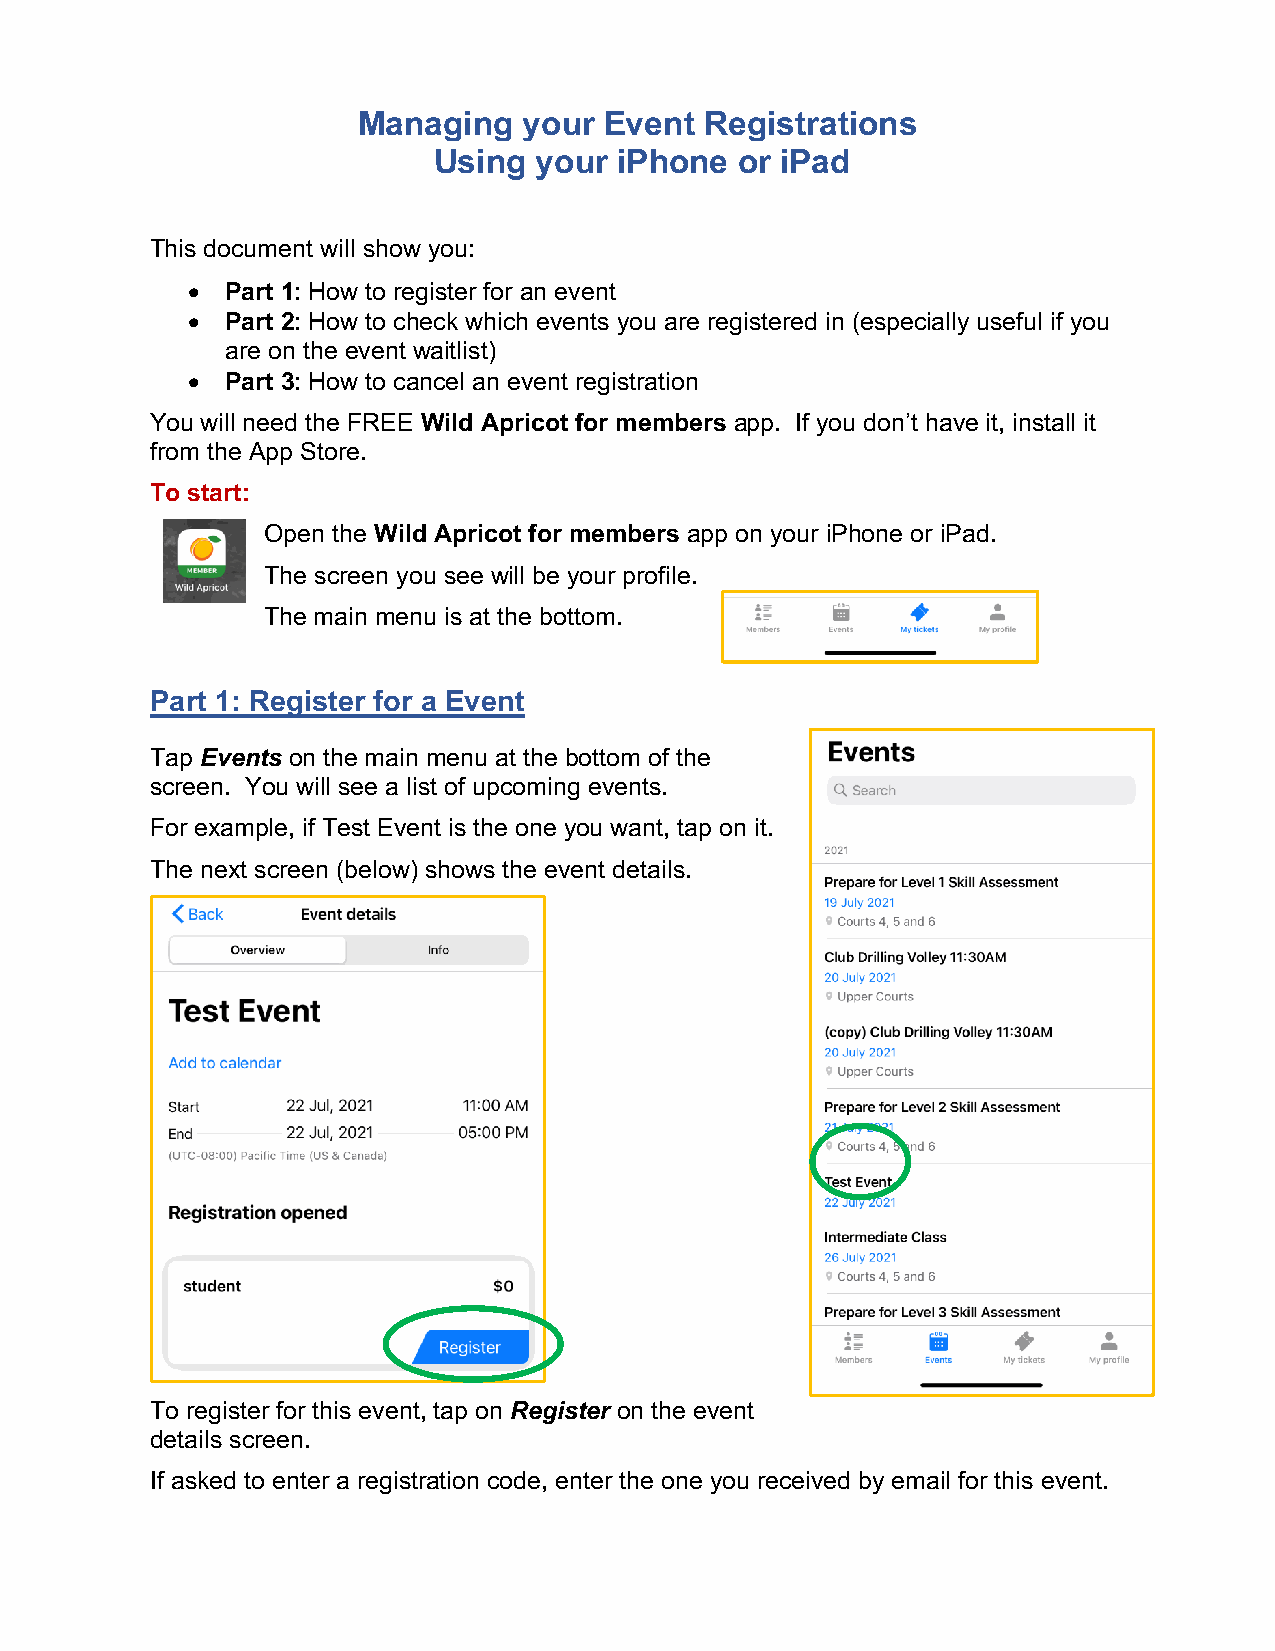
Managing   your Event  Registrations
 Using your  iPhone  or iPad
 This document will show you:
 •  Part 1: How to register for an event
 •  Part 2: How to check which events you are registered in (especially useful if you
 are on the event waitlist)
 •  Part 3: How to cancel an event registration
 You will need the FREE Wild Apricot for members app. If you don’t have it, install it
 from the App Store.
 To start:
 Open the Wild Apricot for members app on your iPhone or iPad.
 The screen you see will be your profile.
 The main menu is at the bottom.
 Part 1: Register for a Event
 Tap Events on the main menu at the bottom of the
 screen. You will see a list of upcoming events.
 For example, if Test Event is the one you want, tap on it.
 The next screen (below) shows the event details.
 To register for this event, tap on Register on the event
 details screen.
 If asked to enter a registration code, enter the one you received by email for this event.